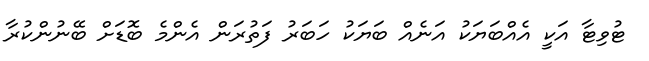
ޓުވިޓާ އަކީ އެއްބަޔަކު އަނެއް ބަޔަކު ހަބަރު ފަތުރަން އެންމެ ބޮޑަށް ބޭނުންކުރާ